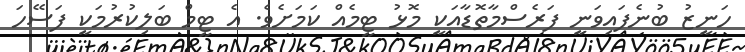
ހަނީޒު ބުނެފައިވަނީ ފަރެސްމާތޮޑާއަކީ މޮޅު ޓީމެއް ކަމަށެވެ. އެ ޓީމް ބަލިކުރުމަކީ ފަސޭހަ